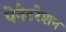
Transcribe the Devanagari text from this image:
पेनेटरेशन